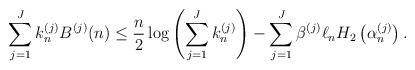
LaTeX: \begin{align*}\sum_{j=1}^J k_n^{(j)} B^{(j)} (n) \leq \frac{n}{2} \log \left( \sum_{j=1}^J k_n^{(j)} \right) - \sum_{j=1}^J \beta^{(j)} \ell_n H_2 \left( \alpha_n^{(j)} \right).\end{align*}